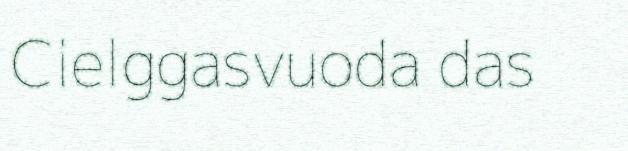
Cielggasvuoda das